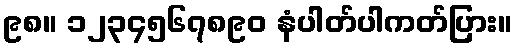
၉၈။ ၁၂၃၄၅၆၇၈၉၀ နံပါတ်ပါကတ်ပြား။